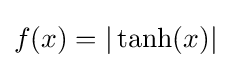
f(x)=|\tanh(x)|